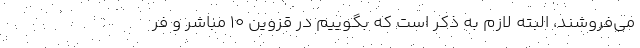
می‌فروشند، البته لازم به ذکر است که بگوییم در قزوین ۱۰ مباشر و فر